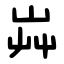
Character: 芔